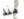
منذ